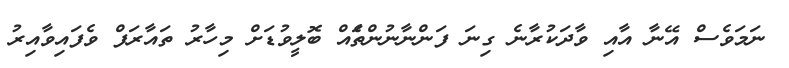
ނަމަވެސް އޭނާ އާއި ވާދަކުރާނެ ގިނަ ފަންނާނުންތަެއް ބޮލީވުޑަށް މިހާރު ތައާރަފް ވެފައިވާއިރު